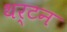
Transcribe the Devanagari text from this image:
थर्टन